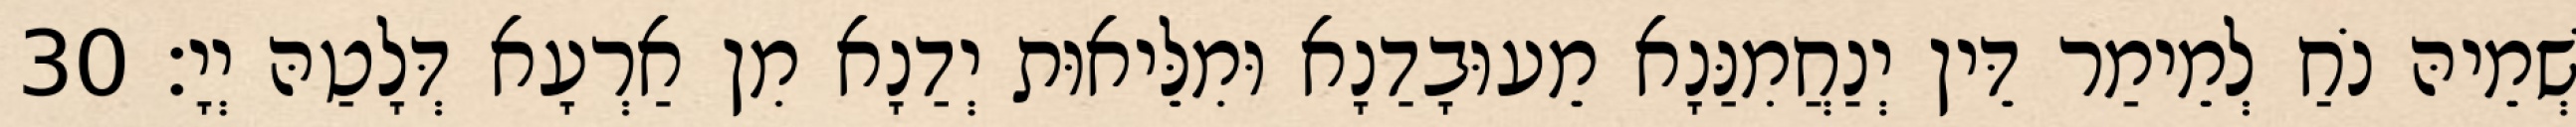
שְׁמֵיהּ נֹחַ לְמֵימַר דֵּין יְנַחֲמִנַּנָא מֵעוּבָדַנָא וּמִלֵּיאוּת יְדַנָא מִן אַרְעָא דְּלָטַהּ יְיָ׃ 30